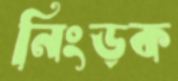
নিংড়ক